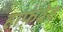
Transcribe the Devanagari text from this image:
हाफ़वेव